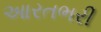
આરતભરી